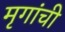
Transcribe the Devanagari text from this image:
मृगांची